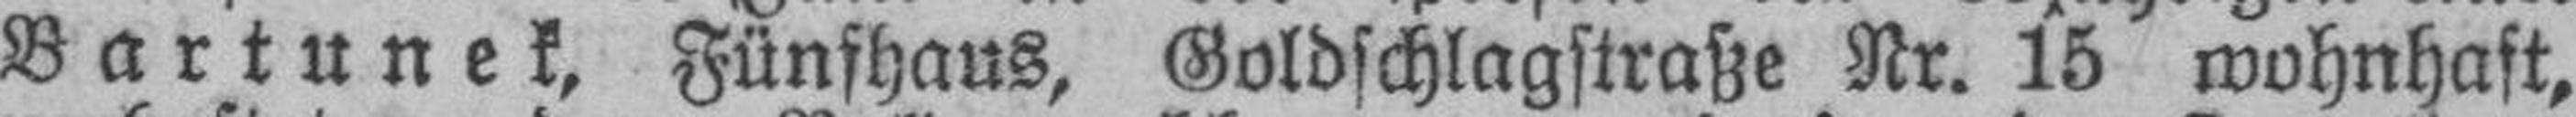
Bartunek, Fünfhaus, Goldschlagstraße Nr. 15 wohnhaft,